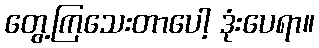
တွေ့ကြသေးတာပေါ့ ဒုံးပေရာ။